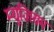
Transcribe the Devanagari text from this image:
म्‍यूज़ियम